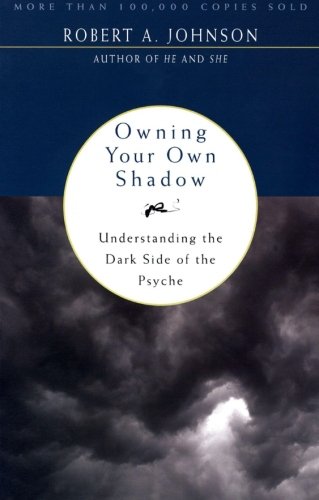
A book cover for Owning Your Own Shadow: Understanding the Dark Side of the Psyche; Robert A. Johnson; Health, Fitness & Dieting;